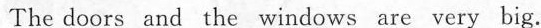
The doors and the windows are very big.